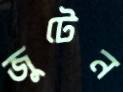
জুটেন